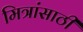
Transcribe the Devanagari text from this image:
मित्रांसाठी